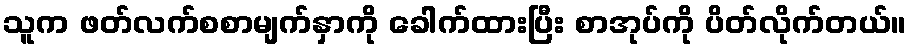
သူက ဖတ်လက်စစာမျက်နှာကို ခေါက်ထားပြီး စာအုပ်ကို ပိတ်လိုက်တယ်။